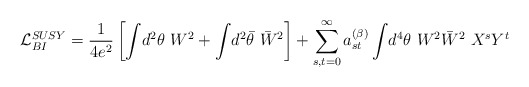
\begin{align*}{\cal L}_{{BI}}^{{SUSY}} = \frac{1}{4e^2}\left[ \int\! d^2\theta ~W^2+\int\! d^2\bar \theta ~\bar W^2\right] + \sum_{s,t=0}^\infty a_{st}^{(\beta)}\int\! d^4\theta~ W^2\bar W^2~ X^s Y^t \end{align*}